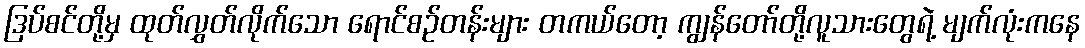
ဒြပ်စင်တို့မှ ထုတ်လွှတ်လိုက်သော ရောင်စဉ်တန်းများ တကယ်တော့ ကျွန်တော်တို့လူသားတွေရဲ့ မျက်လုံးကနေ